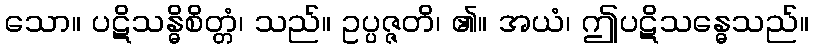
သော။ ပဋိသန္ဓိစိတ္တံ၊ သည်။ ဥပ္ပဇ္ဇတိ၊ ၏။ အယံ၊ ဤပဋိသန္ဓေသည်။